Enquiry on enteric fever in India - Number 32
Disease focus: Fever
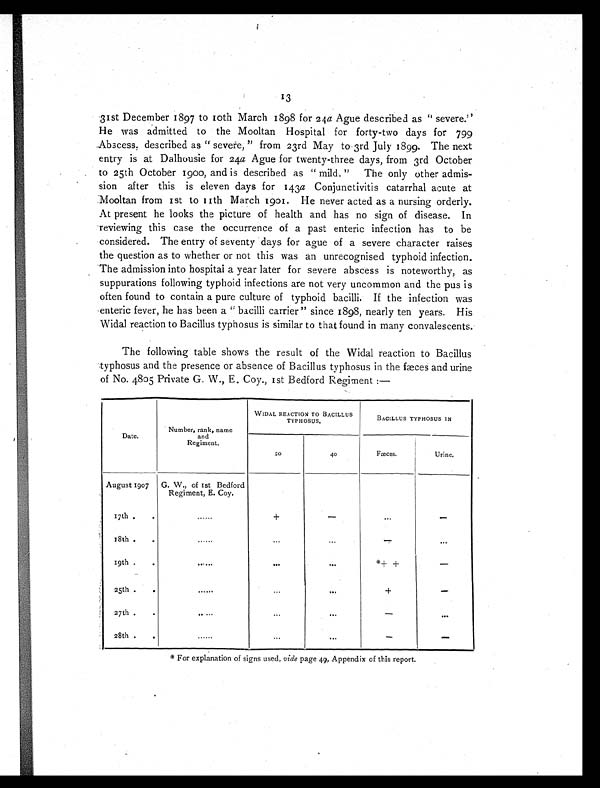
13
31st December 1897 to 10th March 1898 for 24 a Ague described as " severe."
He was admitted to the Mooltan Hospital for forty-two days for 799
Abscess, described as " severe, " from 23rd May to 3rd July 1899. The next
entry is at Dalhousie for 24a Ague for twenty-three days, from 3rd October
to 25th October 1900, and is described as " mild. " The only other admis-
sion after this is eleven days for 143 a Conjunctivitis catarrhal acute at
Mooltan from 1st to 11th March 1991. He never acted as a nursing orderly.
At present he looks the picture of health and has no sign of disease. In
reviewing this case the occurrence of a past enteric infection has to be
considered. The entry of seventy days for ague of a severe character raises
the question as to whether or not this was an unrecognised typhoid infection.
The admission into hospital a year later for severe abscess is noteworthy, as
suppurations following typhoid infections are not very uncommon and the pus is
often found to contain a pure culture of typhoid bacilli. If the infection was
enteric fever, he has been a " bacilli carrier " since 1898, nearly ten years. His
Widal reaction to Bacillus typhosus is similar to that found in many convalescents.
The following table shows the result of the Widal reaction to Bacillus
typhosus and the presence or absence of Bacillus typhosus in the fæces and urine
of No. 4805 Private G. W., E. Coy., 1st Bedford Regiment :—
Date.
Number, rank, name
and
Regiment.
WIDAL REACTION TO BACILLUS
TYPHOSUS.
BACILLUS TYPHOSUS IN
20
40
Fæces.
Urine.
August 1907 G. W., of 1st Bedford
Regiment, E. Coy.
17th..
......
+
—
...
—
18th .
.
......
...
...
—
. . .
19th .
.
. . . . . . . . .
. . .
* + +
—
25th
.
......
...
. . .
+
—
27 th.
.
......
...
. . .
. . .
—
28th
. .
......
. . .
...
— —
*For expl anat i on of si gns used, vi de page 49, Appendi x of t hi s r epor t .